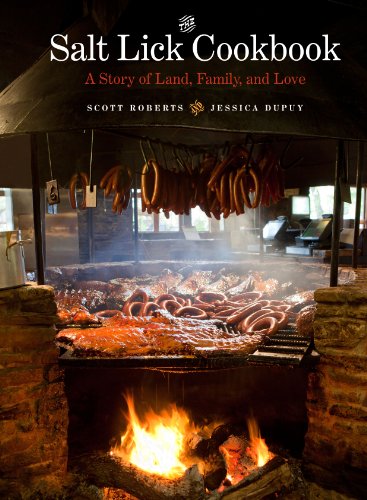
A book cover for The Salt Lick Cookbook: A Story of Land, Family, and Love; Scott Roberts; Cookbooks, Food & Wine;